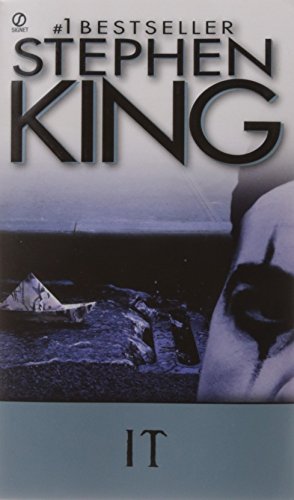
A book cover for It; Stephen King; Literature & Fiction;